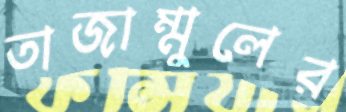
তাজাম্মুলের